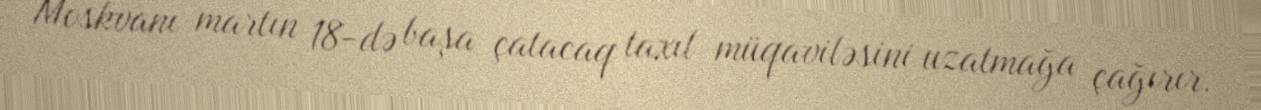
Moskvanı martın 18-də başa çatacaq taxıl müqaviləsini uzatmağa çağırır.